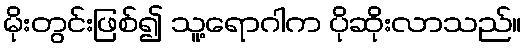
မိုးတွင်းဖြစ်၍ သူ့ရောဂါက ပိုဆိုးလာသည်။